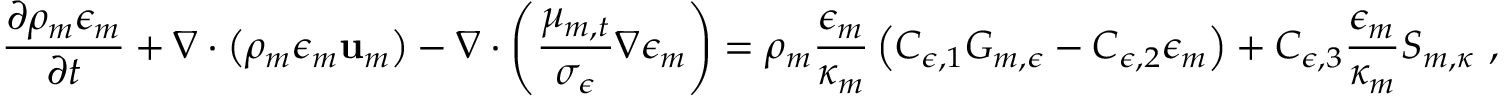
\frac { \partial \rho _ { m } \epsilon _ { m } } { \partial t } + \nabla \cdot \left( \rho _ { m } \epsilon _ { m } \mathbf { u } _ { m } \right) - \nabla \cdot \left( \frac { \mu _ { m , t } } { \sigma _ { \epsilon } } \nabla \epsilon _ { m } \right) = \rho _ { m } \frac { \epsilon _ { m } } { \kappa _ { m } } \left( C _ { \epsilon , 1 } G _ { m , \epsilon } - C _ { \epsilon , 2 } \epsilon _ { m } \right) + C _ { \epsilon , 3 } \frac { \epsilon _ { m } } { \kappa _ { m } } S _ { m , \kappa } \ ,